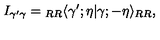
I _ { \gamma ^ { \prime } \gamma } = { } _ { R R } \langle \gamma ^ { \prime } ; \eta | \gamma ; - \eta \rangle _ { R R } ,